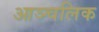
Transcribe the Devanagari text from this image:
आञ्चलिक